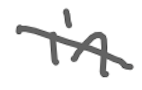
Text: in
Cross-out: diagonal
Writing tool: digital_gray